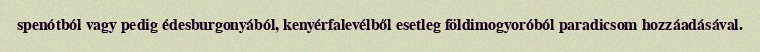
spenótból vagy pedig édesburgonyából, kenyérfalevélből esetleg földimogyoróból paradicsom hozzáadásával.